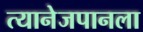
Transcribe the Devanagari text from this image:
त्यानेजपानला